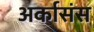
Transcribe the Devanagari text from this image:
अर्कासंस